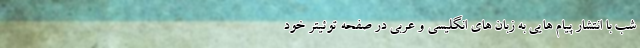
شب با انتشار پیام هایی به زبان های انگلیسی و عربی در صفحه توئیتر خود